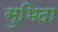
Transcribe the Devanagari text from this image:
सुभिदा